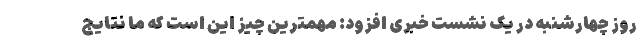
روز چهارشنبه در یک نشست خبری افزود: مهمترین چیز این است که ما نتایج